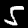
Label: 5